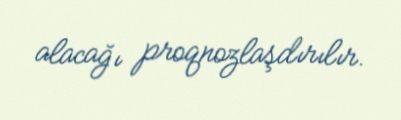
alacağı proqnozlaşdırılır.